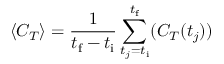
\langle C _ { T } \rangle = \frac { 1 } { t _ { \mathrm { f } } - t _ { \mathrm { i } } } \sum _ { t _ { j } = t _ { \mathrm { i } } } ^ { t _ { \mathrm { f } } } ( C _ { T } ( t _ { j } ) )